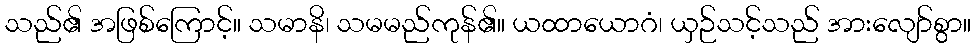
သည်၏ အဖြစ်ကြောင့်။ သမာနိ၊ သမမည်ကုန်၏။ ယထာယောဂံ၊ ယှဉ်သင့်သည် အားလျော်စွာ။